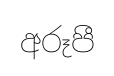
අරූපී